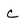
Character: C